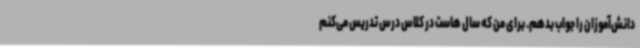
دانش‌آموزان را جواب بدهم. برای من که سال هاست در کلاس درس تدریس می‌کنم